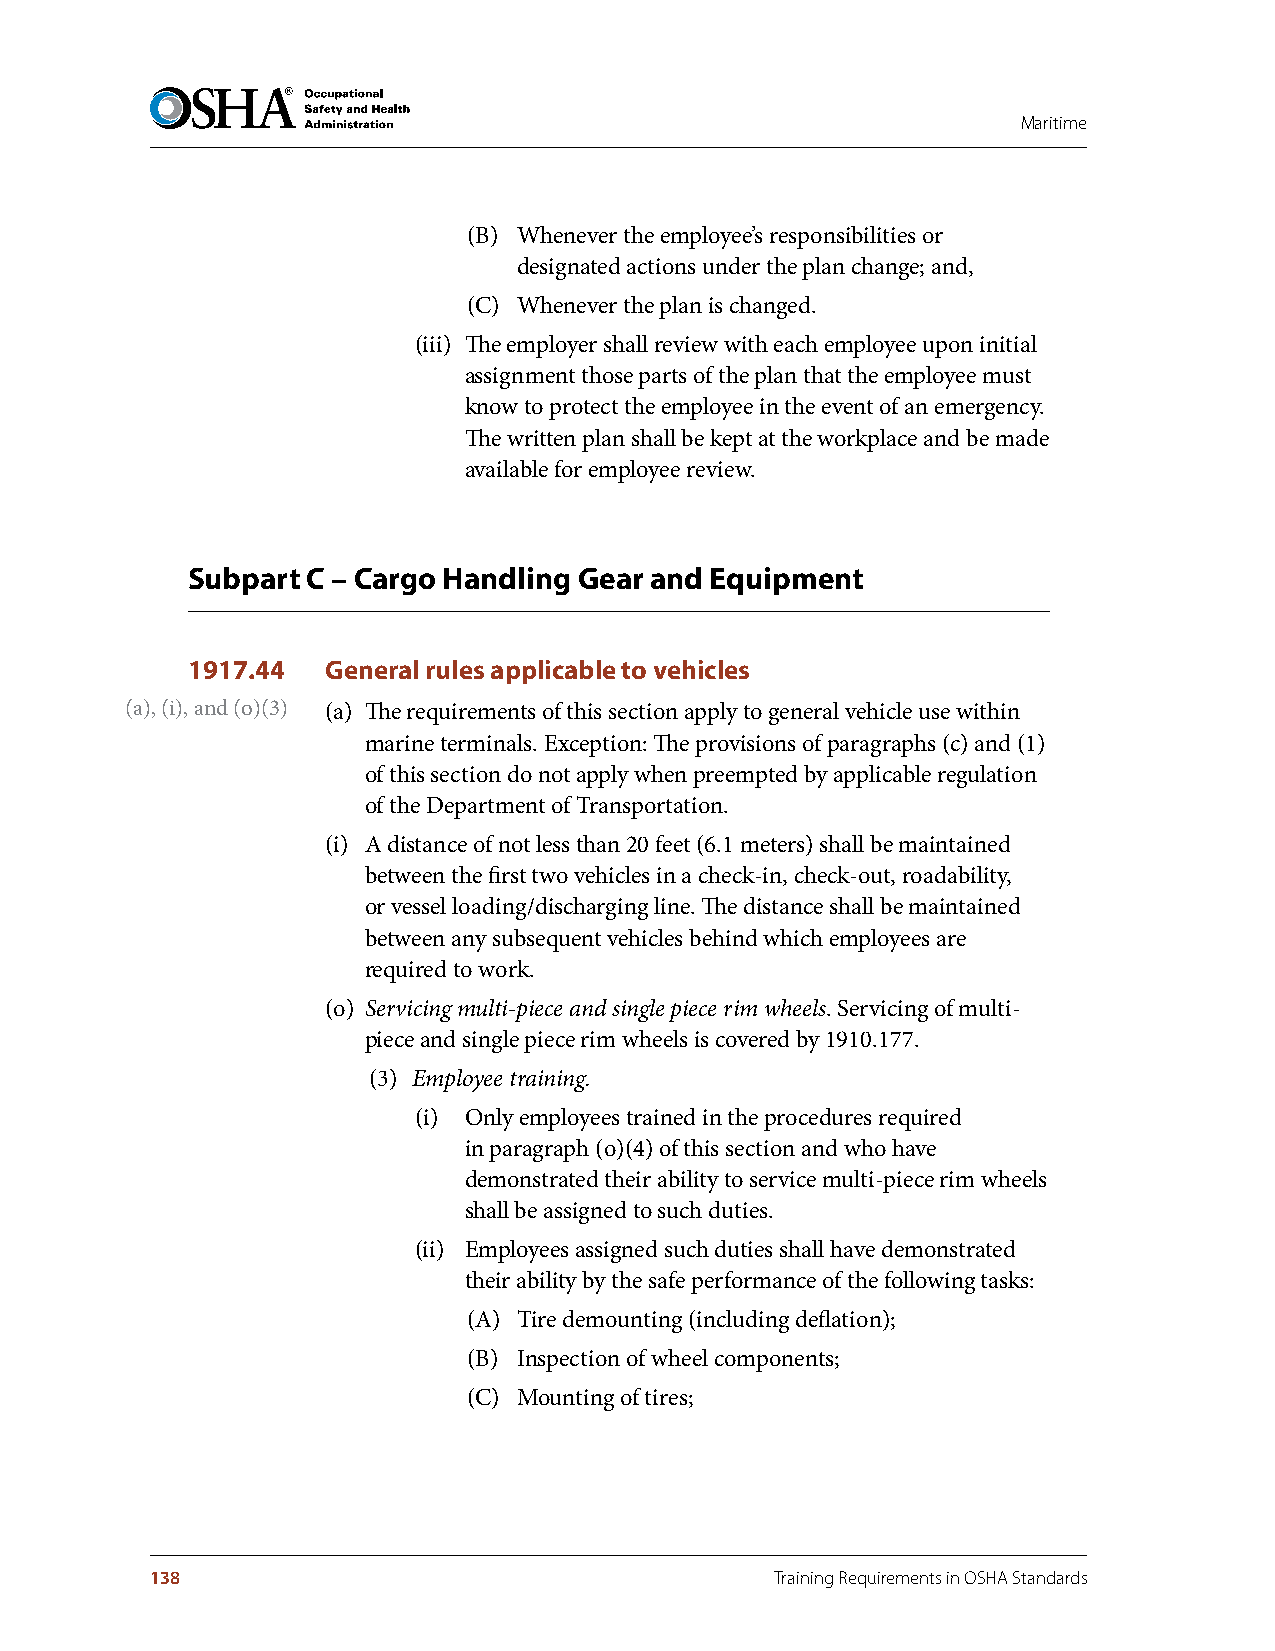
Maritime
 (B) Whenever the employee’s responsibilities or
 designated actions under the plan change; and,
 (C) Whenever the plan is changed.
 (iii) The employer shall review with each employee upon initial
 assignment those parts of the plan that the employee must
 know to protect the employee in the event of an emergency.
 The written plan shall be kept at the workplace and be made
 available for employee review.
 Subpart C – Cargo Handling Gear and Equipment
 1917.44   General rules applicable to vehicles
 (a), (i), and (o)(3) (a) The requirements of this section apply to general vehicle use within
 marine terminals. Exception: The provisions of paragraphs (c) and (1)
 of this section do not apply when preempted by applicable regulation
 of the Department of Transportation.
 (i) A distance of not less than 20 feet (6.1 meters) shall be maintained
 between the first two vehicles in a check-in, check-out, roadability,
 or vessel loading/discharging line. The distance shall be maintained
 between any subsequent vehicles behind which employees are
 required to work.
 (o) Servicing multi-piece and single piece rim wheels. Servicing of multi-
 piece and single piece rim wheels is covered by 1910.177.
 (3) Employee training.
 (i) Only employees trained in the procedures required
 in paragraph (o)(4) of this section and who have
 demonstrated their ability to service multi-piece rim wheels
 shall be assigned to such duties.
 (ii) Employees assigned such duties shall have demonstrated
 their ability by the safe performance of the following tasks:
 (A) Tire demounting (including deflation);
 (B) Inspection of wheel components;
 (C) Mounting of tires;
 138                                      Training Requirements in OSHA Standards